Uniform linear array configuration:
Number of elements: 16
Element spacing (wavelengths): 1
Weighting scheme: cosine
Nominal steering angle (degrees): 0
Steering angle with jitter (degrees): -1.151
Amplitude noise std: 0.05
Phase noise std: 0.05

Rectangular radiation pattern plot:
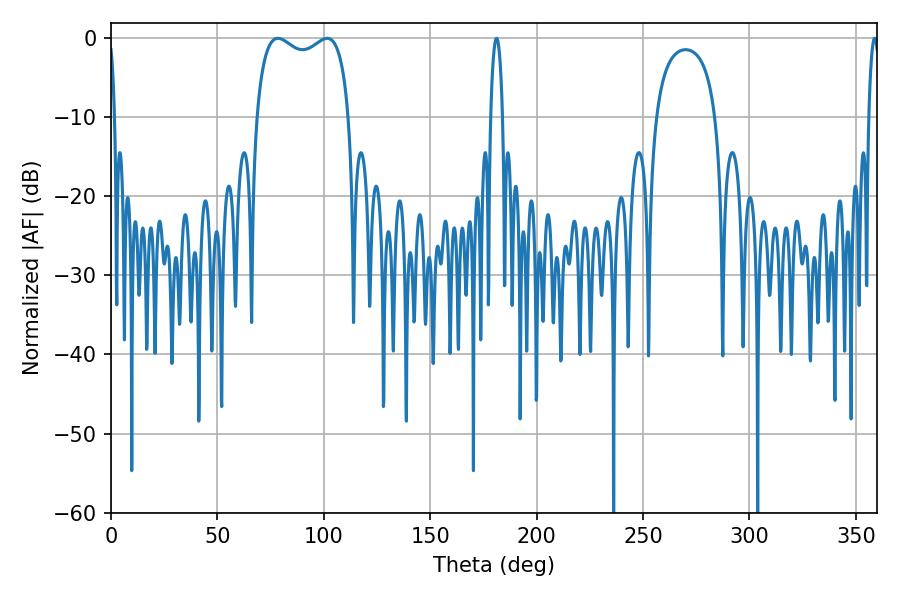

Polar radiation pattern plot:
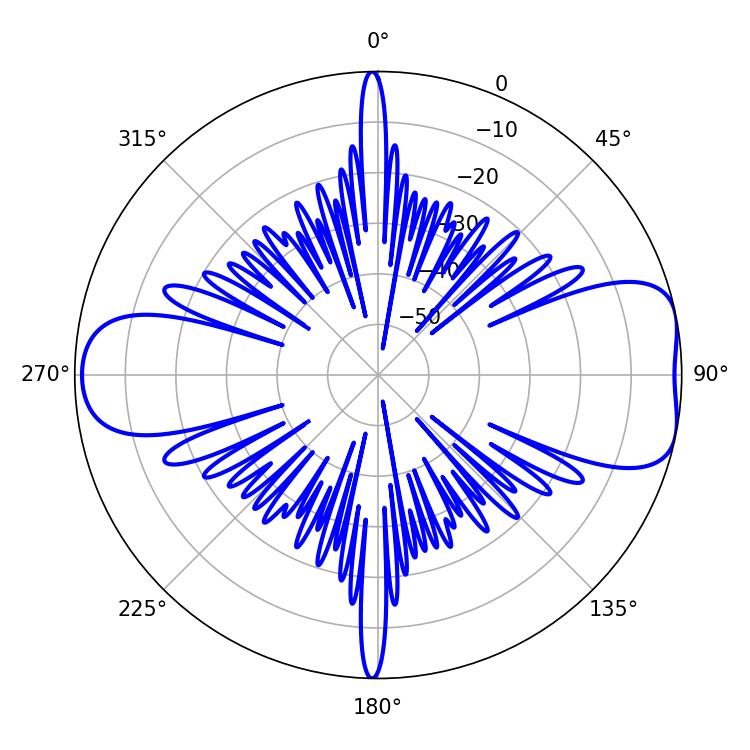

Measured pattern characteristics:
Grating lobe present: TRUE
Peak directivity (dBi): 8.024
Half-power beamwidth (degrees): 36
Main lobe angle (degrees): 78.48